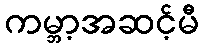
ကမ္ဘာ့အဆင့်မီ